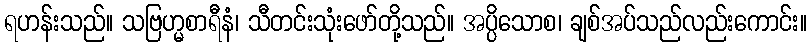
ရဟန်းသည်။ သဗြဟ္မစာရီနံ၊ သီတင်းသုံးဖော်တို့သည်။ အပ္ပိသောစ၊ ချစ်အပ်သည်လည်းကောင်း။